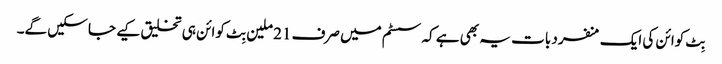
بِٹ کوائن کی ایک منفرد بات یہ بھی ہے کہ سسٹم میں صرف 21 ملین بِٹ کوائن ہی تخلیق کیے جا سکیں گے۔